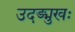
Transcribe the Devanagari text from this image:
उदङ्मुखः